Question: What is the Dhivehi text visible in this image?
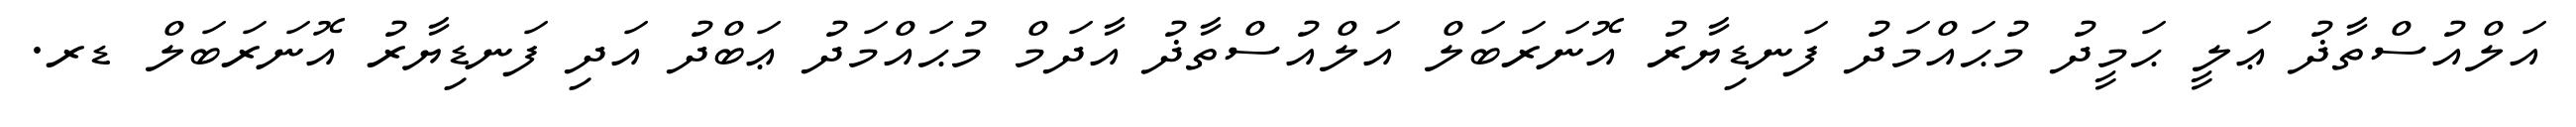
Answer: އަލްއުސްތާޛު ޢަލީ ޙަމީދު މުޙައްމަދު ފަނޑިޔާރު އޮނަރަބަލް އަލްއުސްތާޛު އާދަމް މުޙައްމަދު ޢަބްދު އަދި ފަނޑިޔާރު އޮނަރަބަލް ޑރ.